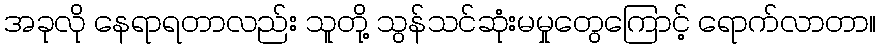
အခုလို နေရာရတာလည်း သူတို့ သွန်သင်ဆုံးမမှုတွေကြောင့် ရောက်လာတာ။